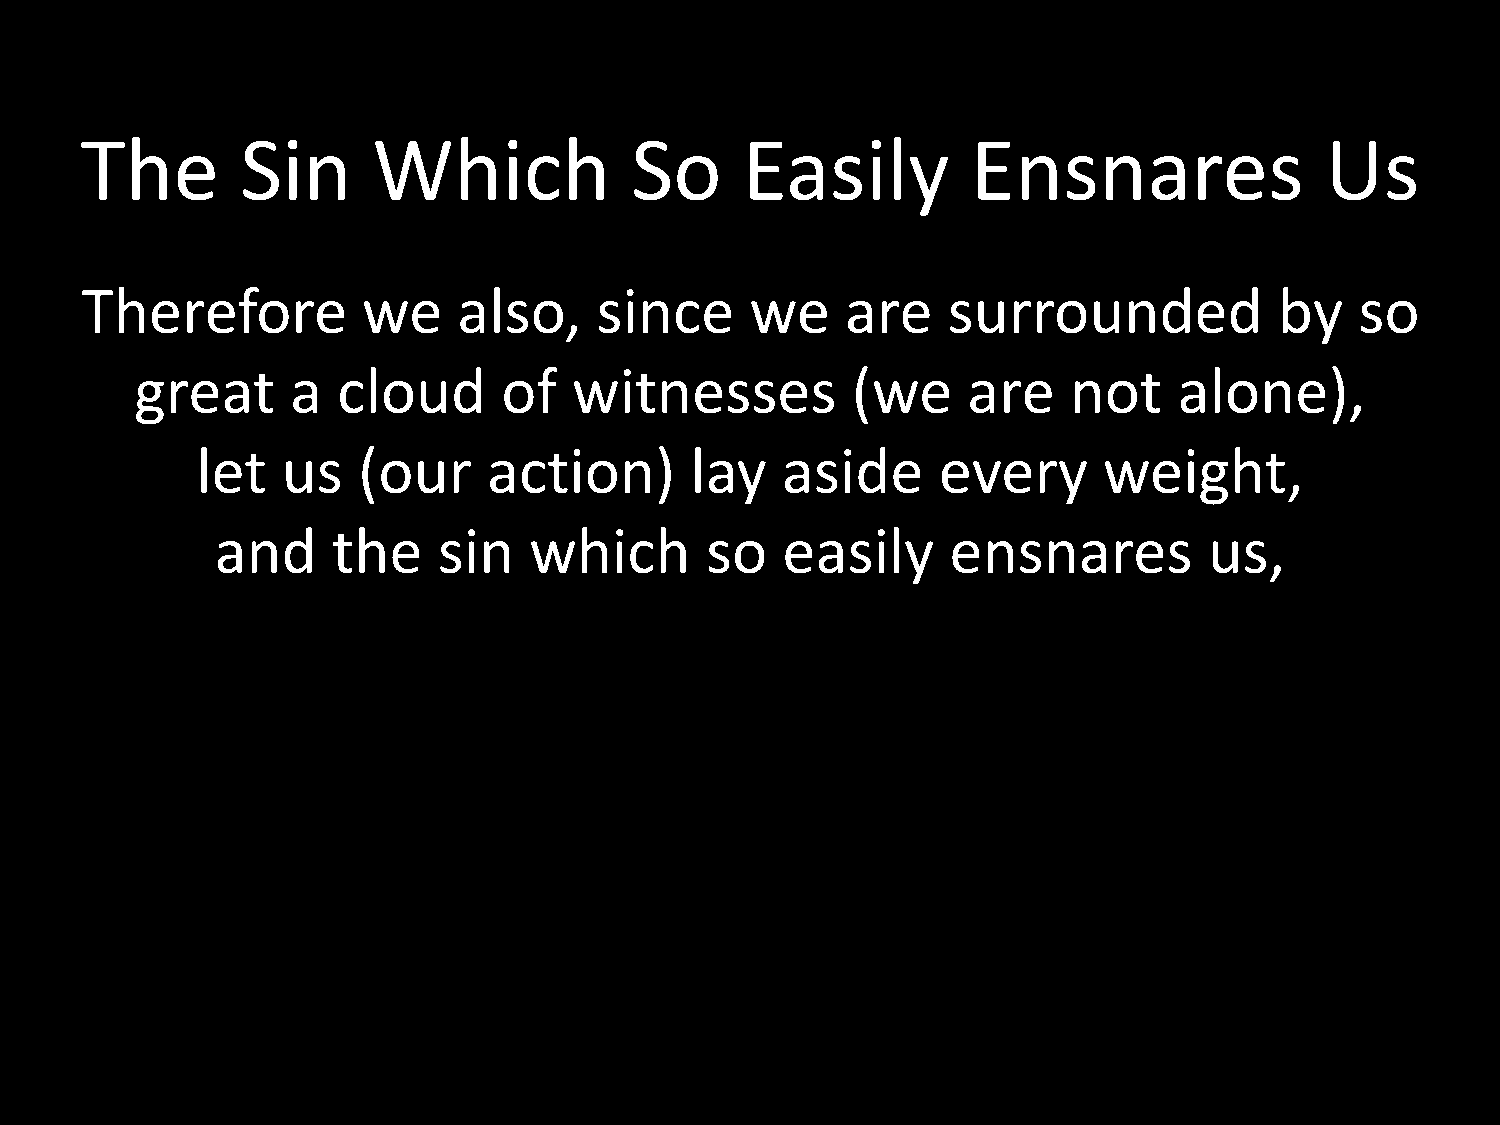
The        Sin      Which            So     Easily         Ensnares                Us
 Therefore          we    also,    since      we    are    surrounded            by   so
 great     a  cloud      of   witnesses         (we     are    not    alone),
 let   us   (our    action)       lay   aside     every      weight,
 and     the    sin   which       so   easily     ensnares         us,